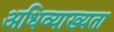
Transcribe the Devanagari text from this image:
अधिव्याख्यता